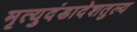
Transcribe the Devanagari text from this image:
मृत्युदंडादेशतुल्य